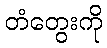
တံတွေးကို